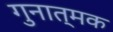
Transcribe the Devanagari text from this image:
गुनात्मक